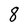
Character: 8